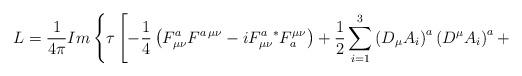
LaTeX: \begin{align*}L= \frac{1}{4 \pi} Im \left\{ \tau \left[ - \frac{1}{4} \left( F^{a}_{\mu \nu} F^{a \, \mu \nu} - i F_{\mu \nu}^{a} {}^{*} F_{a}^{\mu \nu}\right) + \frac{1}{2} \sum_{i=1}^{3} \left( D_{\mu} A_{i} \right)^{a} \left( D^{\mu} A_{i} \right)^{a} + \right. \right.\end{align*}